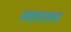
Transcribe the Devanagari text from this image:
कष्टप्रसव